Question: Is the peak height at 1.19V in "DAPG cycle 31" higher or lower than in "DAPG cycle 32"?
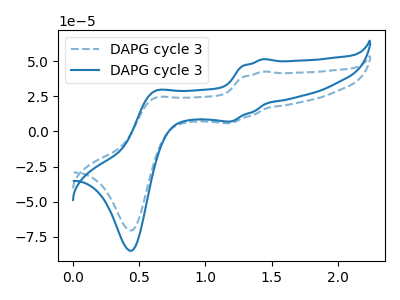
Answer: <think>The blue dashed curve "DAPG cycle 31" has anodic peaks at (1.45V, 42.65uA) (0.60V, 23.50uA) and cathodic peaks at (1.20V, 5.85uA) (0.45V, -70.55uA). The blue curve "DAPG cycle 32" has anodic peaks at (1.45V, 51.40uA) (0.60V, 28.30uA) and cathodic peaks at (1.20V, 7.00uA) (0.45V, -85.00uA).</think>
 <answer>The peak at 1.19V is higher in "DAPG cycle 31" than in "DAPG cycle 32".</answer>
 <eval>higher</eval>